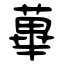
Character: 蓽